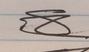
Signature authenticity: forged